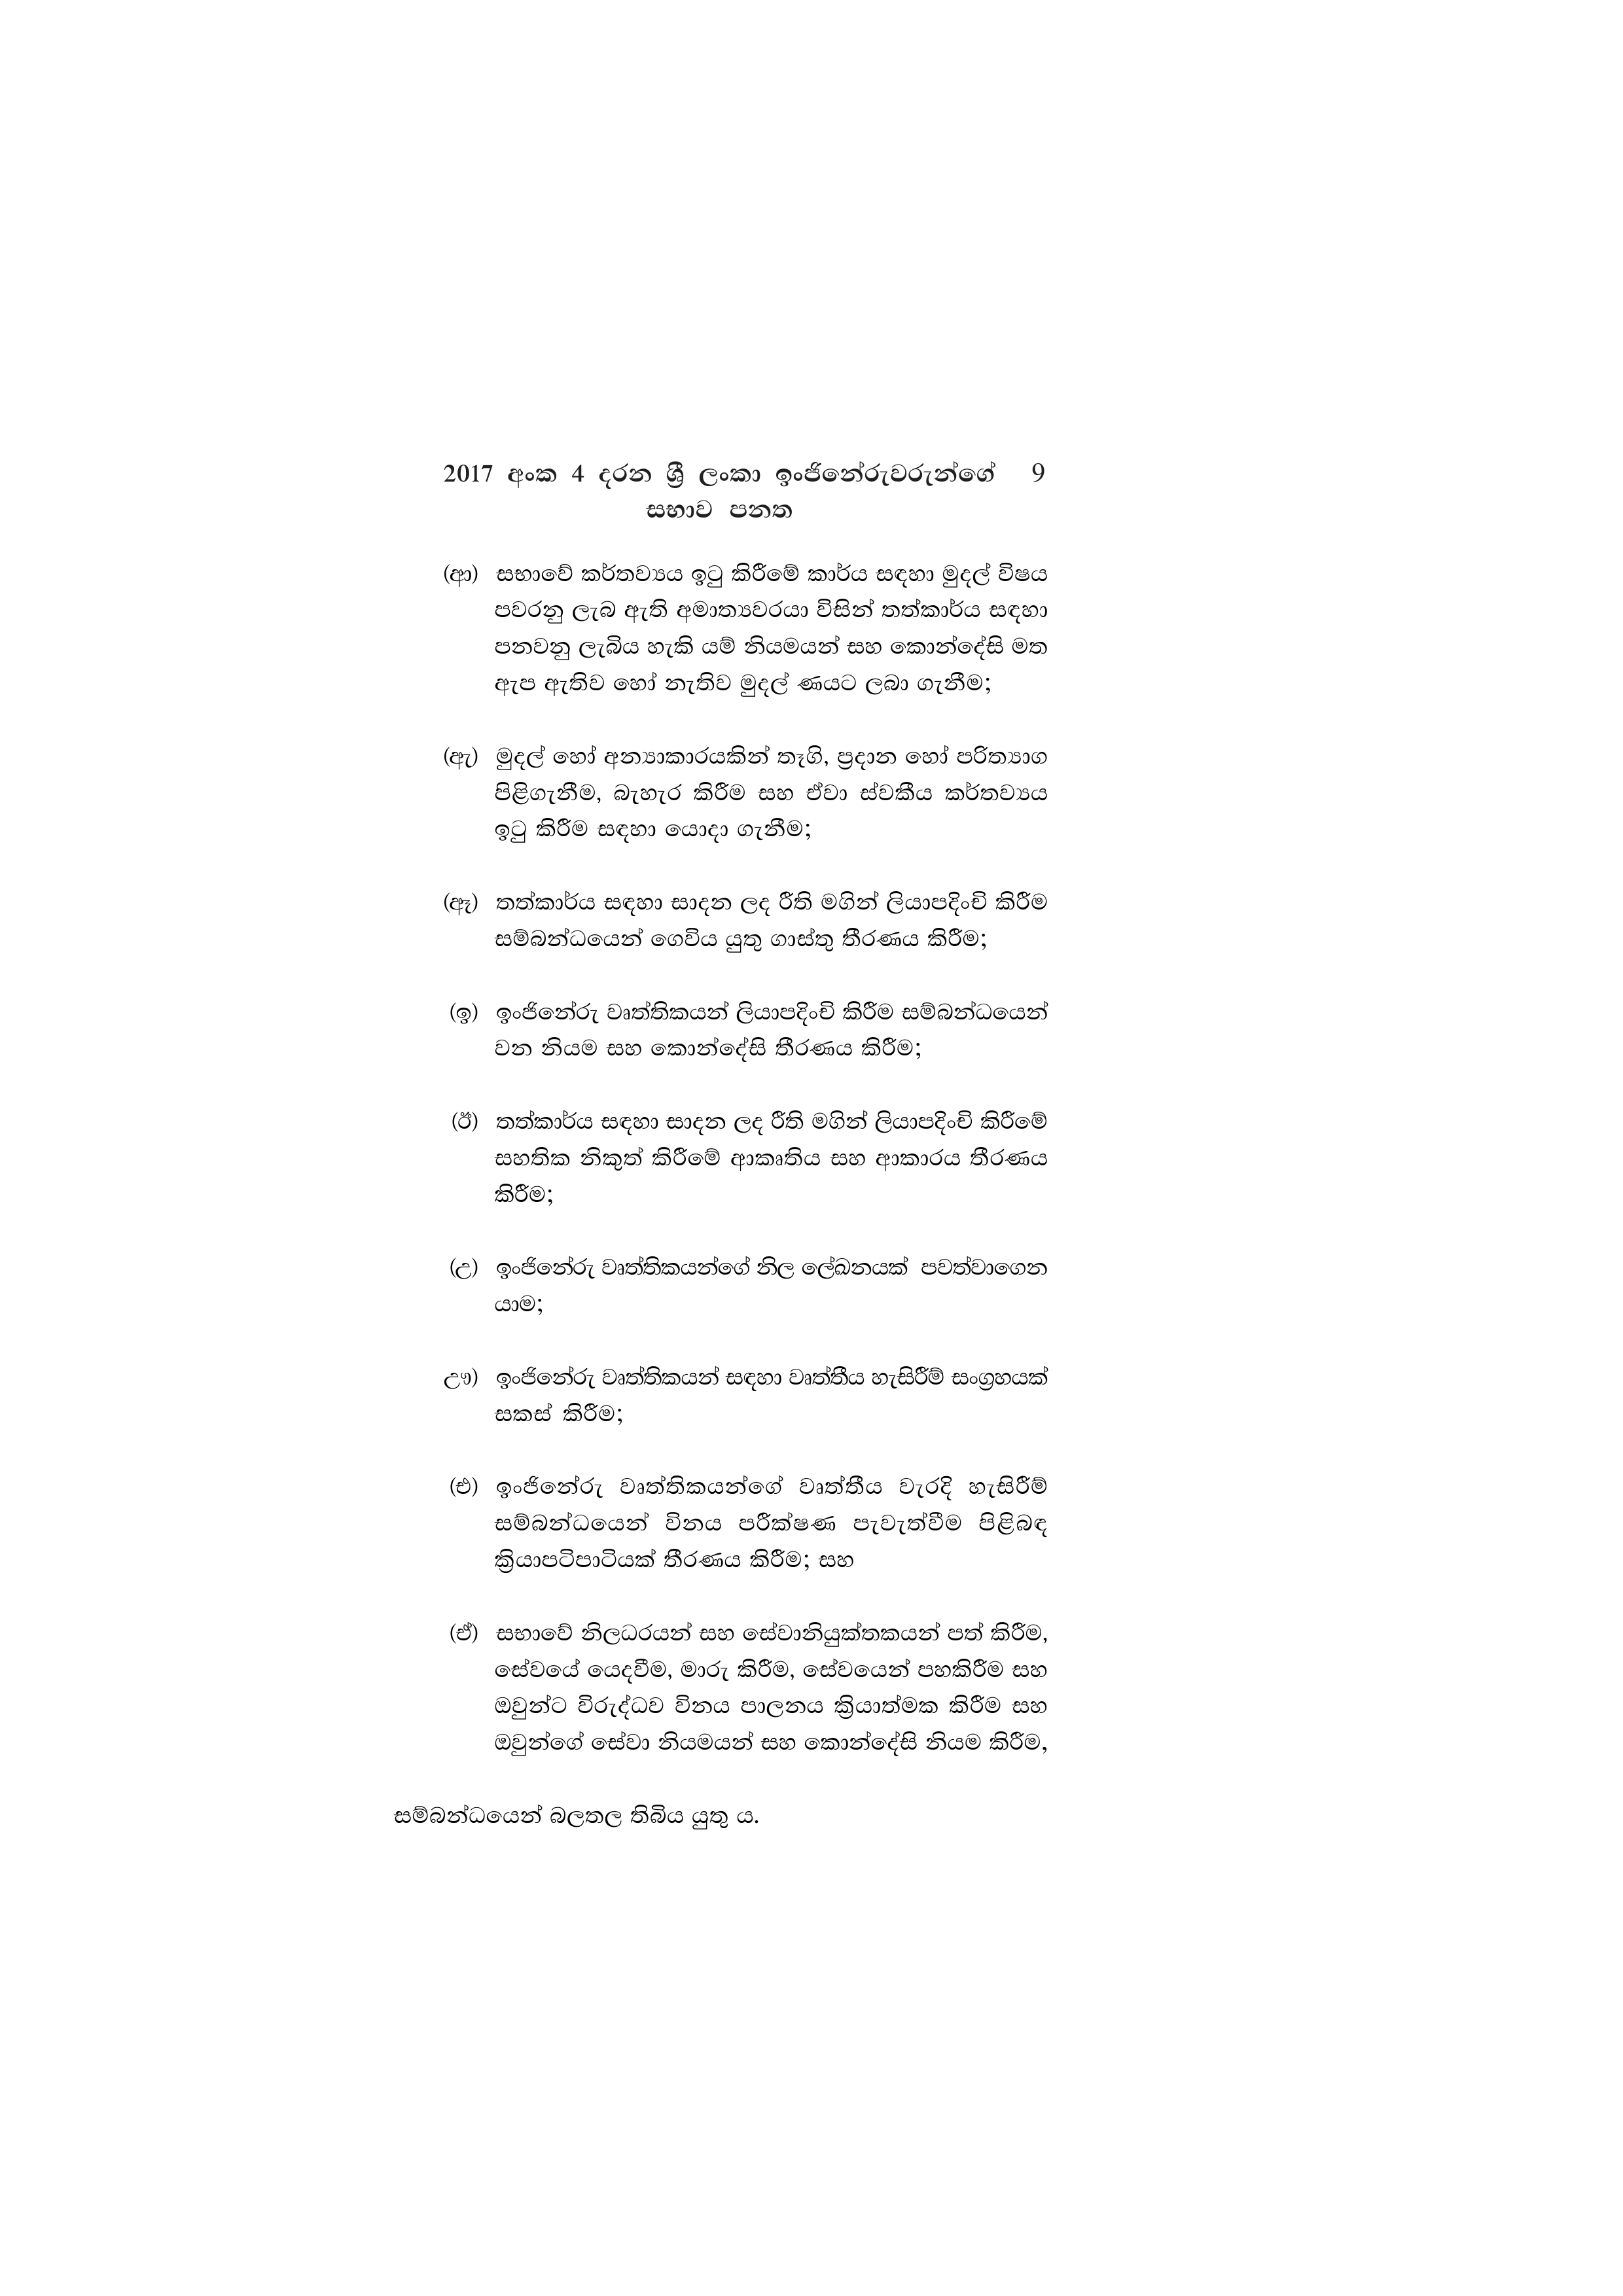
2017 අංක 4 දරන ශ්‍රී ලංකා ඉංජිනේරුවරුන්ගේ 9
සභාව පනත

(ආ) සභාවේ කර්තව්‍යය ඉටු කිරීමේ කාර්ය සඳහා මුදල් විෂය
පවරනු ලැබ ඇති අමාත්‍යවරයා විසින් තත්කාර්ය සඳහා
පනවනු ලැබිය හැකි යම් නියමයන් සහ කොන්දේසි මත
ඇප ඇතිව හෝ නැතිව මුදල් ණයට ලබා ගැනීම;

(ඇ) මුදල් හෝ අන්‍යාකාරයකින් තෑගි, ප්‍රදාන හෝ පරිත්‍යාග
පිළිගැනීම, බැහැර කිරීම සහ ඒවා ස්වකීය කර්තව්‍යය
ඉටු කිරීම සඳහා යොදා ගැනීම;

(ඈ) තත්කාර්ය සඳහා සාදන ලද රීති මගින් ලියාපදිංචි කිරීම
සම්බන්ධයෙන් ගෙවිය යුතු ගාස්තු තීරණය කිරීම;

(ඉ) ඉංජිනේරු වෘත්තිකයන් ලියාපදිංචි කිරීම සම්බන්ධයෙන්
වන නියම සහ කොන්දේසි තීරණය කිරීම;

(ඊ) තත්කාර්ය සඳහා සාදන ලද රීති මගින් ලියාපදිංචි කිරීමේ
සහතික නිකුත් කිරීමේ ආකෘතිය සහ ආකාරය තීරණය
කිරීම;

(උ) ඉංජිනේරු වෘත්තිකයන්ගේ නිල ලේඛනයක් පවත්වාගෙන
යාම;

ඌ) ඉංජිනේරු වෘත්තිකයන් සඳහා වෘත්තීය හැසිරීම් සංග්‍රහයක්
සකස් කිරීම;

(එ) ඉංජිනේරු වෘත්තිකයන්ගේ වෘත්තීය වැරදි හැසිරීම්
සම්බන්ධයෙන් විනය පරීක්ෂණ පැවැත්වීම පිළිබඳ
ක්‍රියාපටිපාටියක් තීරණය කිරීම; සහ

(ඒ) සභාවේ නිලධරයන් සහ සේවානියුක්තකයන් පත් කිරීම,
සේවයේ යෙදවීම, මාරු කිරීම, සේවයෙන් පහකිරීම සහ
ඔවුන්ට විරුද්ධව විනය පාලනය ක්‍රියාත්මක කිරීම සහ
ඔවුන්ගේ සේවා නියමයන් සහ කොන්දේසි නියම කිරීම,

සම්බන්ධයෙන් බලතල තිබිය යුතු ය.